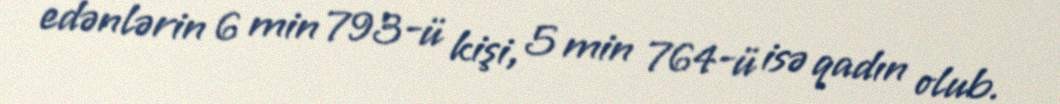
edənlərin 6 min 793-ü kişi, 5 min 764-ü isə qadın olub.